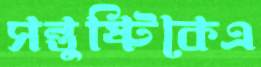
সন্তুষ্টিকেএ